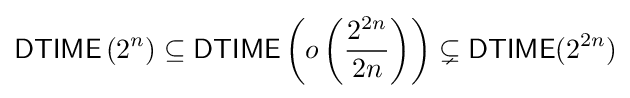
{\mathsf {DTIME}}\left(2^{n}\right)\subseteq {\mathsf {DTIME}}\left(o\left({\frac {2^{2n}}{2n}}\right)\right)\subsetneq {\mathsf {DTIME}}(2^{2n})